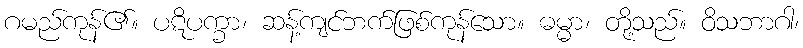
ဂမည်ကုန်၏။ ပဋိပက္ခာ၊ ဆန့်ကျင်ဘက်ဖြစ်ကုန်သော။ ဓမ္မာ၊ တို့သည်။ ဝိသဘာဂါ၊